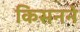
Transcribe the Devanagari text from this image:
किसनने